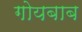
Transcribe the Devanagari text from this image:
गोयबाब